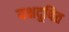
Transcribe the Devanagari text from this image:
यक्षदूषित